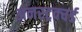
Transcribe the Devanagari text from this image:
अनस्ट्रक्चर्ड